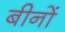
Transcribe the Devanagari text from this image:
बीनों